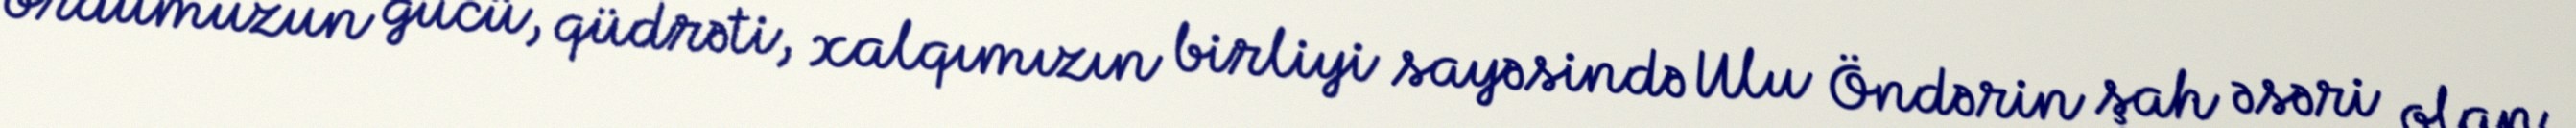
ordumuzun gücü, qüdrəti, xalqımızın birliyi sayəsində Ulu Öndərin şah əsəri olan